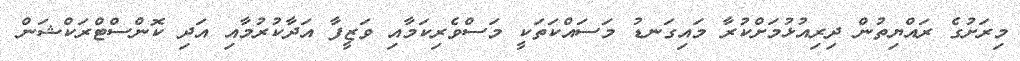
މިރަށުގެ ރައްޔިތުން ދިރިއުޅުމަށްކުރާ މައިގަނޑު މަސައްކަތަކީ މަސްވެރިކަމާއި ވަޒީފާ އަދާކުރުމާއި އަދި ކޮންސްޓްރަކްޝަން